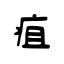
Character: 疽